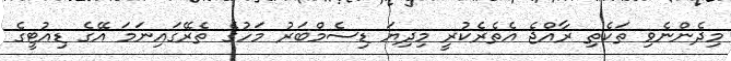
މިދެންނެވި ތަކެތި ރާއްޖެ އެތެރެކުރީ މިދިޔަ ޑިސެމްބަރު މަހުގެ ތެރޭގައިނަމަ އޭގެ ޑިއުޓީގެ